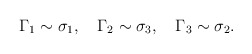
\begin{align*}\Gamma _1\sim \sigma _1,\quad \Gamma _2\sim \sigma _3,\quad\Gamma _3\sim \sigma _2.\end{align*}